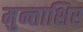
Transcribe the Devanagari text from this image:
मुन्ताशिर